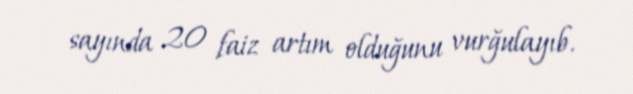
sayında 20 faiz artım olduğunu vurğulayıb.